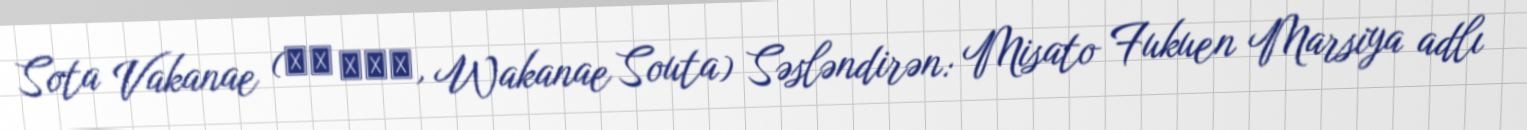
Sota Vakanae (若苗 ソウタ, Wakanae Souta) Səsləndirən: Misato Fukuen Marsiya adlı